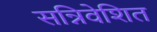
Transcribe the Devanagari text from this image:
सन्निवेशित